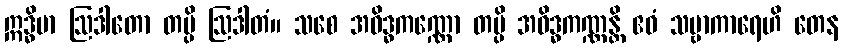
ဣဒ္ဓိမာ ဩဒါတော တမ္ပိ ဩဒါတံ။ သစေ အဝိဒ္ဓကဏ္ဏော တမ္ပိ အဝိဒ္ဓကဏ္ဏန္တိ ဧဝံ သဗ္ဗာကာရေဟိ တေန